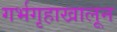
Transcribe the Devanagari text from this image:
गर्भगृहाखालून